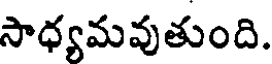
సాధ్యమవుతుంది.